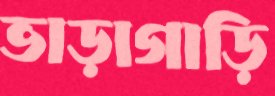
ভাড়াগাড়ি